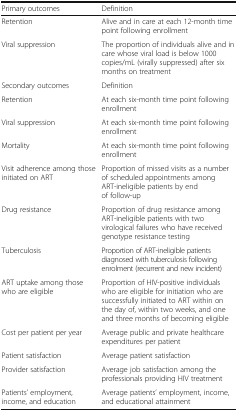
| Primary outcomes | Definition |
 | --- | --- |
 | Retention | Alive and in care at each 12-month time point following enrollment |
 | Viral suppression | The proportion of individuals alive and in care whose viral load is below 1000 copies/mL (virally suppressed) after six months on treatment |
 | Secondary outcomes | Definition |
 | Retention | At each six-month time point following enrollment |
 | Viral suppression | At each six-month time point following enrollment |
 | Mortality | At each six-month time point following enrollment |
 | Visit adherence among those initiated on ART | Proportion of missed visits as a number of scheduled appointments among ART-ineligible patients by end of follow-up |
 | Drug resistance | Proportion of drug resistance among ART-ineligible patients with two virological failures who have received genotype resistance testing |
 | Tuberculosis | Proportion of ART-ineligible patients diagnosed with tuberculosis following enrolment (recurrent and new incident) |
 | ART uptake among those who are eligible | Proportion of HIV-positive individuals who are eligible for initiation who are successfully initiated to ART within on the day of, within two weeks, and one and three months of becoming eligible |
 | Cost per patient per year | Average public and private healthcare expenditures per patient |
 | Patient satisfaction | Average patient satisfaction |
 | Provider satisfaction | Average job satisfaction among the professionals providing HIV treatment |
 | Patients’ employment, income, and education | Average patients’ employment, income, and educational attainment |